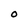
Character: O